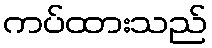
ကပ်ထားသည်